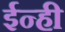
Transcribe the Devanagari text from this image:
ईन्ही